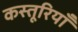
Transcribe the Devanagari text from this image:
कस्तूरियाँ